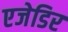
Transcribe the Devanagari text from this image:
एजेडिर